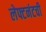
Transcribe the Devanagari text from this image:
लेफ्टनंटची